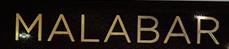
malabar